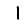
Digit: 1